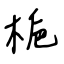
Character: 梔